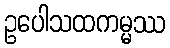
ဥပေါသထကမ္မဿ